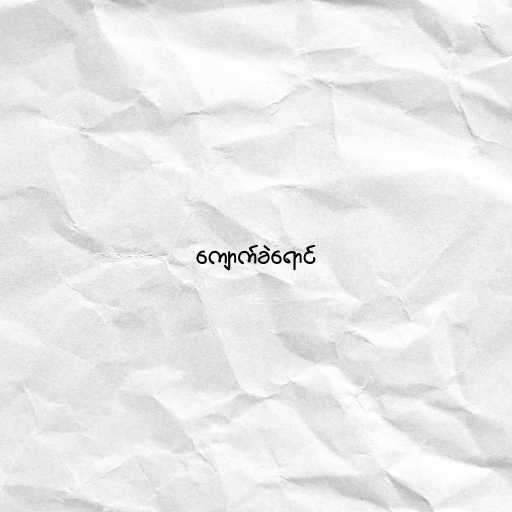
ကျောက်ခဲရောင်